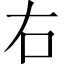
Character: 右